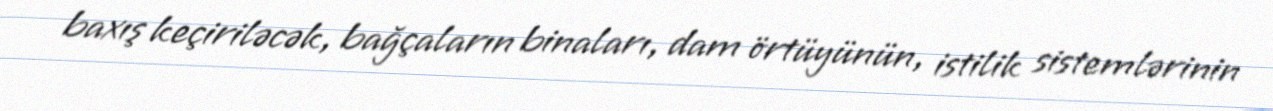
baxış keçiriləcək, bağçaların binaları, dam örtüyünün, istilik sistemlərinin